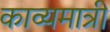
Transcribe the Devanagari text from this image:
काव्यमात्री